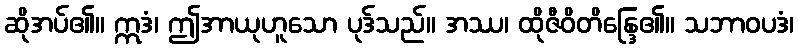
ဆိုအပ်၏။ ဣဒံ၊ ဤအာယုဟူသော ပုဒ်သည်။ အဿ၊ ထိုဇီဝိတိန္ဒြေ၏။ သဘာဝပဒံ၊